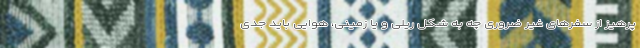
پرهیز از سفرهای غیر ضروری چه به شکل ریلی و یا زمینی، هوایی باید جدی